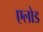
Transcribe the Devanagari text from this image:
एलोड